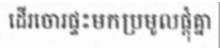
ដើរចោរផ្ទះមកប្រមូលផ្តុំគ្នា